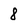
Character: 8